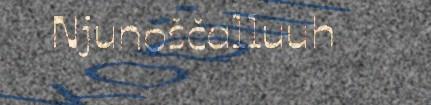
Njunoščalluuh